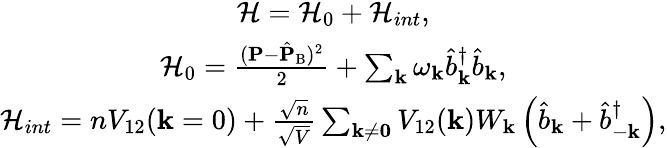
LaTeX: \begin{array}{r}{\begin{array}{c}{\mathcal{H}=\mathcal{H}_{0}+\mathcal{H}_{int},}\\ {\mathcal{H}_{0}=\frac{({\mathbf{P}}-\hat{\mathbf{P}}_{\mathrm{B}})^{2}}{2}+\sum_{\mathbf{k}}\omega_{\mathbf{k}}\hat{b}_{\mathbf{k}}^{\dagger}\hat{b}_{\mathbf{k}},}\\ {\mathcal{H}_{int}=nV_{\mathrm{12}}(\mathbf{k}=0)+\frac{\sqrt{n}}{\sqrt{V}}\sum_{\mathbf{k\neq 0}}V_{\mathrm{12}}(\mathbf{k})W_{\mathbf{k}}\left(\hat{b}_{\mathbf{k}}+\hat{b}_{-\mathbf{k}}^{\dagger}\right),}\end{array}}\end{array}